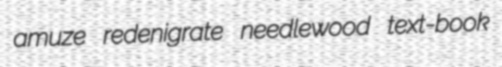
amuze redenigrate needlewood text-book